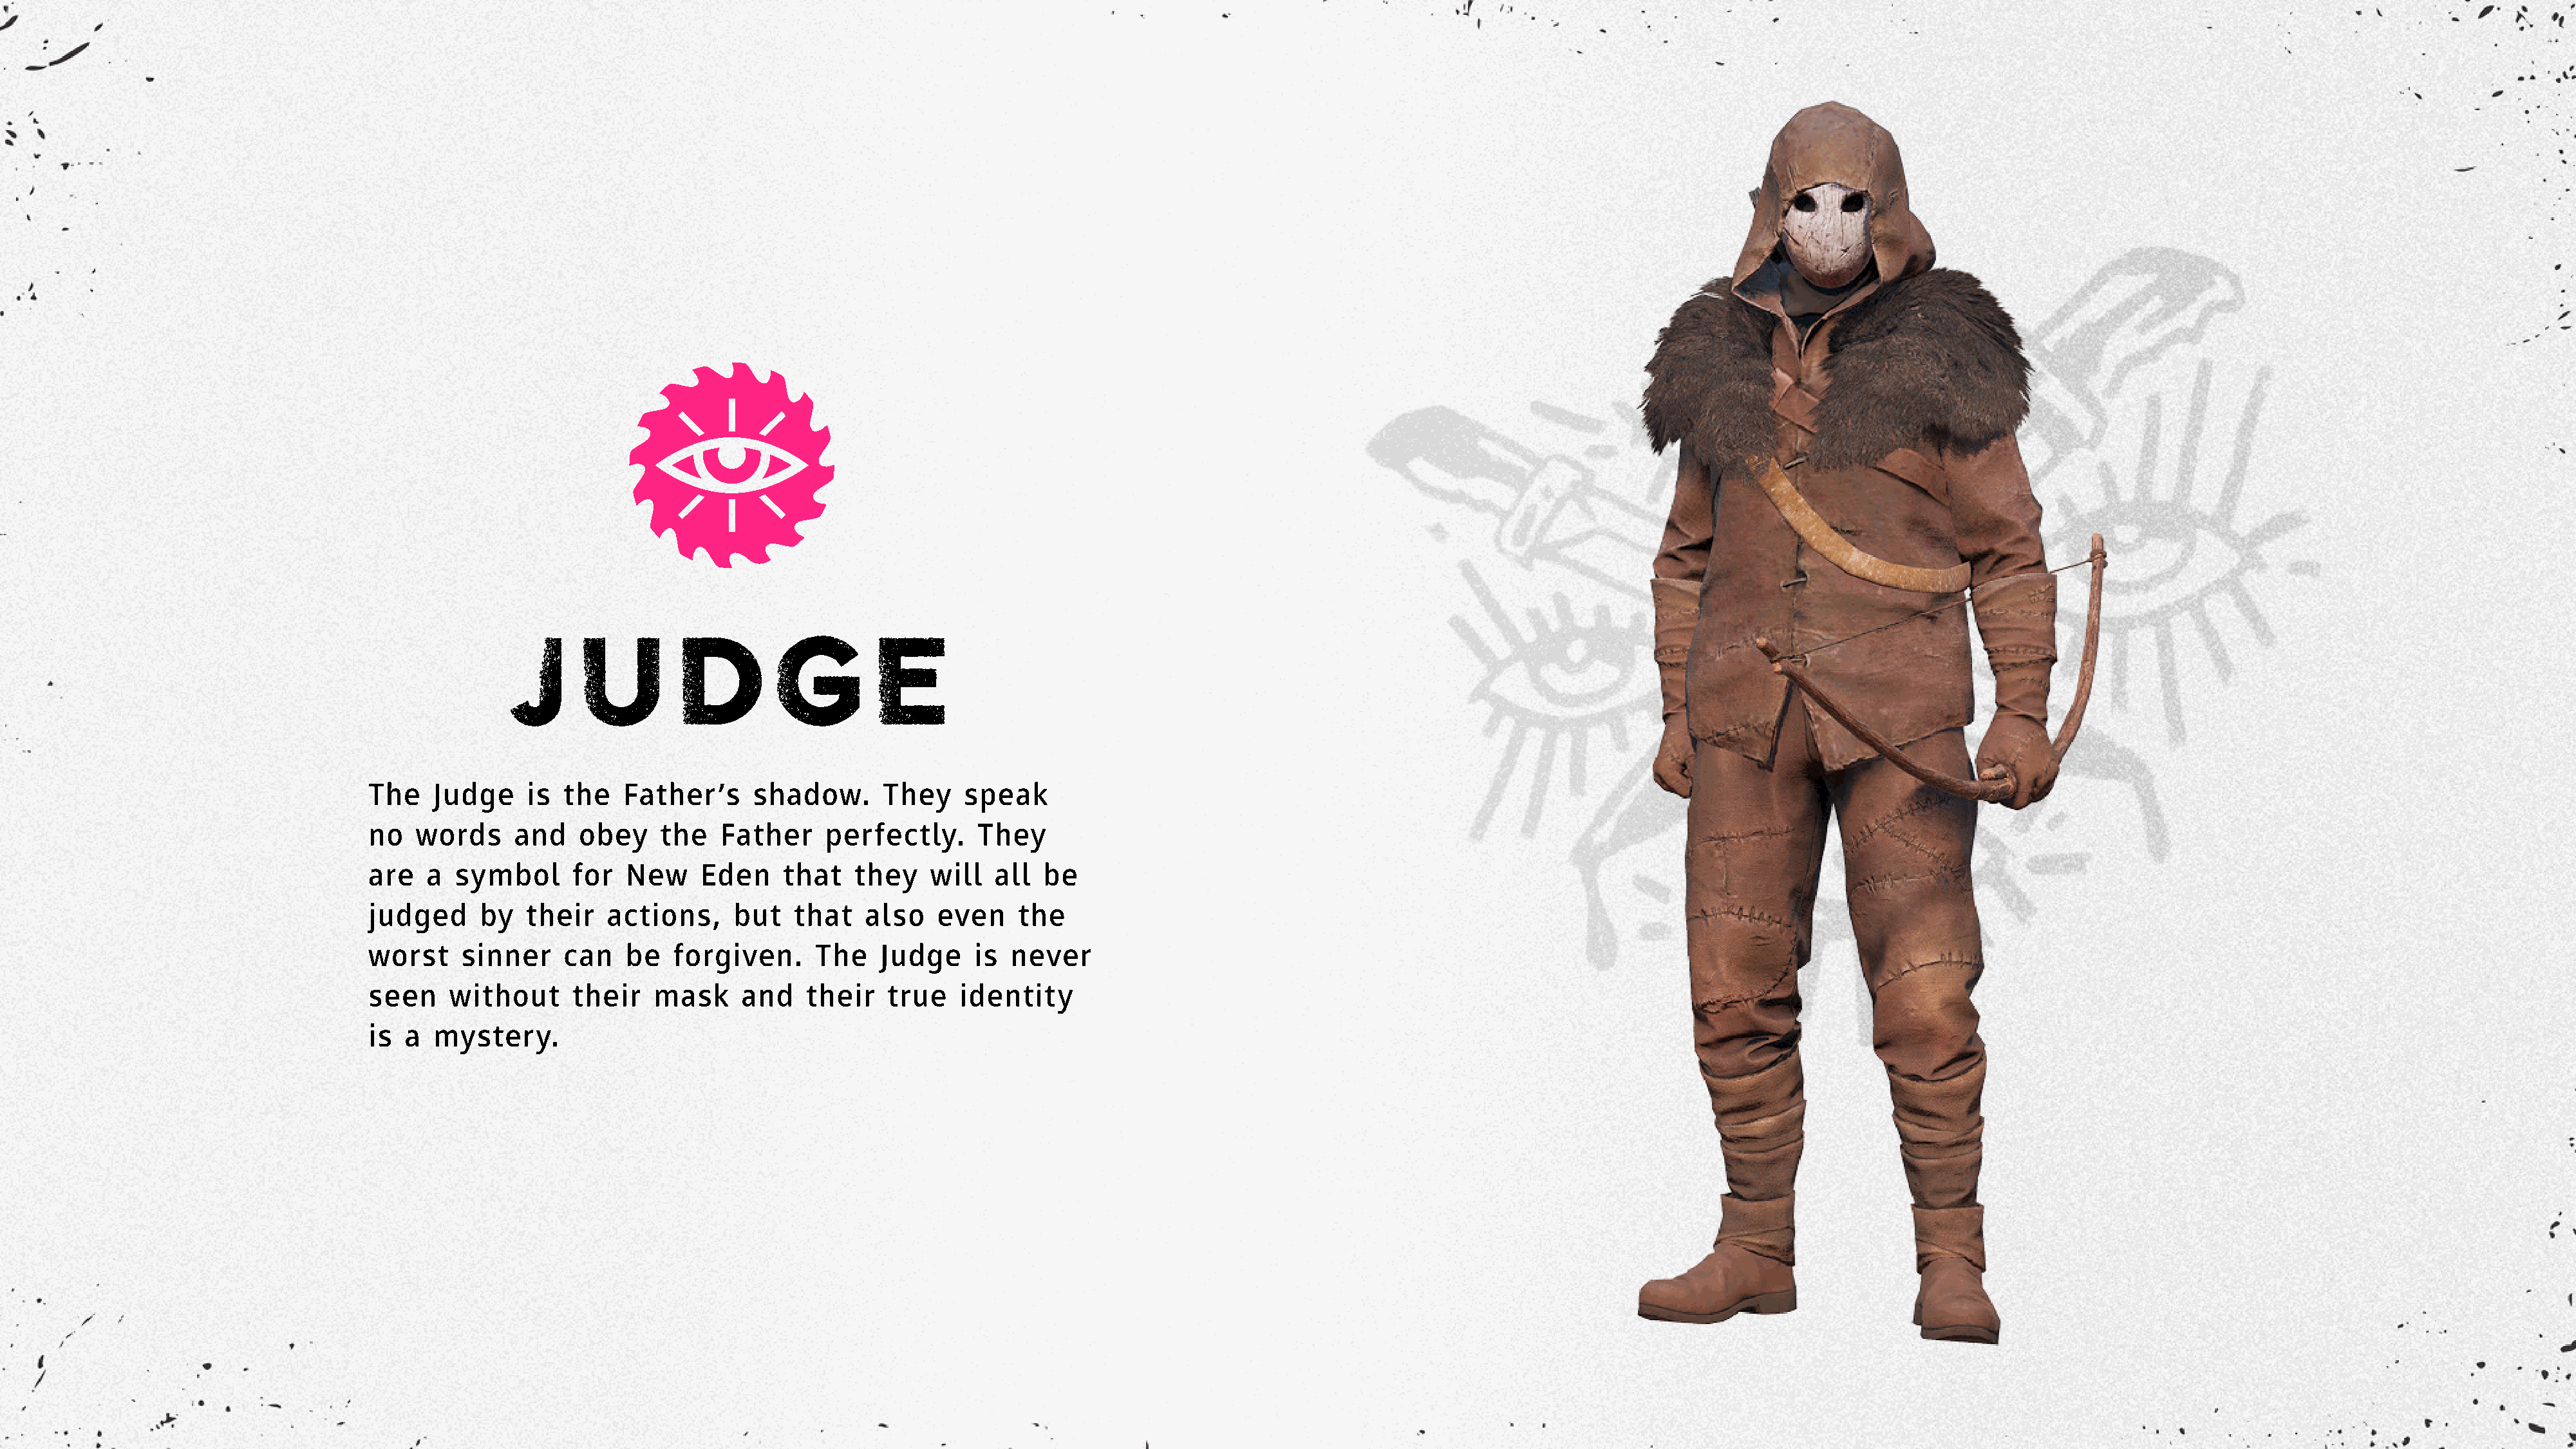
JUDG                                 E
 The   Judge     is  the   Father’s     shadow.       They    speak
 no   words     and    obey    the   Father     perfectly.      They
 are   a  symbol      for  New     Eden     that   they    will  all  be
 judged     by   their   actions,     but    that   also   even     the
 worst    sinner     can   be   forgiven.      The   Judge     is  never
 seen    without      their   mask     and    their   true    identity
 is  a  mystery.